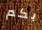
بكم